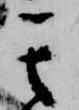
其